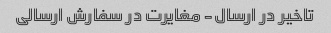
تاخیر در ارسال- مغایرت در سفارش ارسالی